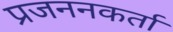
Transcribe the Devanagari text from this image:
प्रजननकर्ता